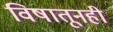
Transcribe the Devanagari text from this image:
विषातूनही